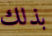
بذلك